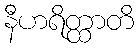
နီဟရိတ္ထာတိ